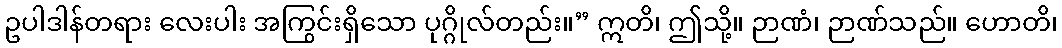
ဥပါဒါန်တရား လေးပါး အကြွင်းရှိသော ပုဂ္ဂိုလ်တည်း။” ဣတိ၊ ဤသို့။ ဉာဏံ၊ ဉာဏ်သည်။ ဟောတိ၊